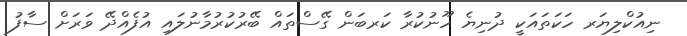
ނިއުކްލިޔަރ ހަކަތައަކީ ދުނިޔެ ހޫނުކުރާ ކަރބަން ގޭސްތައް ބޭރުކުރުމާނުލައި އުފެއްދޭ ވަރަށް ސާފު